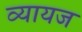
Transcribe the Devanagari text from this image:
व्‍यायज